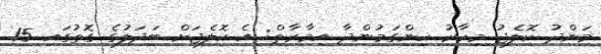
މަންދު ކޮލެޖު މިހާރު ހިންގަމުންދާ އިމާރާތް: އެ ކޮލެޖަށް ބަދަލުގެ ގޮތުގައި 15